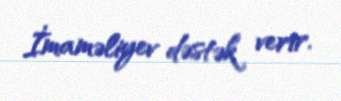
İmaməliyev dəstək verir.